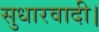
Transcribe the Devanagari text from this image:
सुधारवादी।